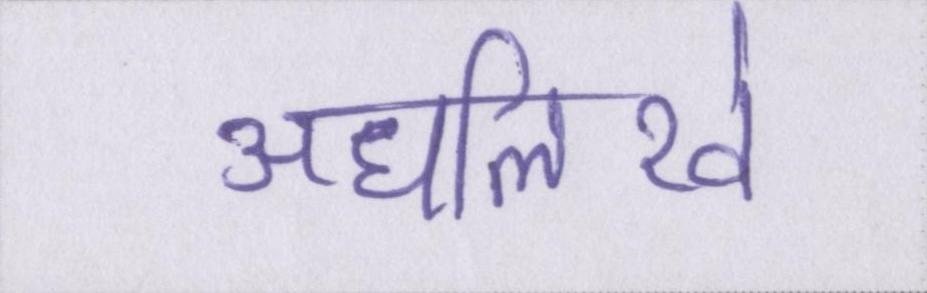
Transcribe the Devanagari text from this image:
अधलिखे